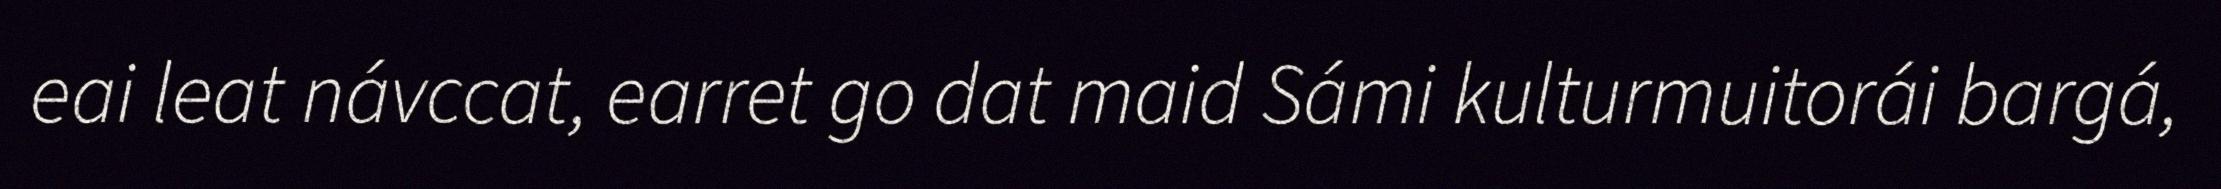
eai leat návccat, earret go dat maid Sámi kulturmuitorái bargá,